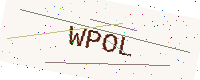
Text: WPOL